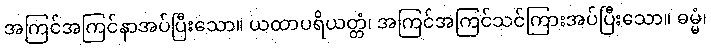
အကြင်အကြင်နာအပ်ပြီးသော။ ယထာပရိယတ္တံ၊ အကြင်အကြင်သင်ကြားအပ်ပြီးသော။ ဓမ္မံ၊